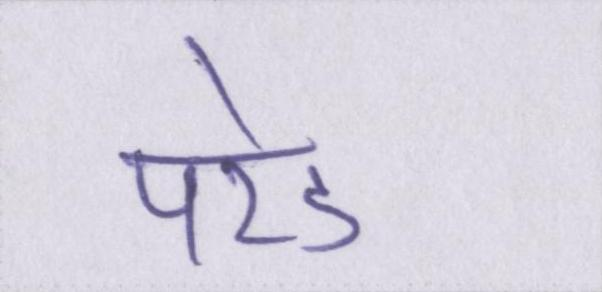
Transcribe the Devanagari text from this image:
परेड